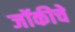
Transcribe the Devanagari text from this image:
जॉकीचे